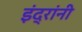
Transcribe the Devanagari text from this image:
इंद्रांनी